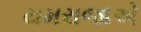
યમરાજાએ